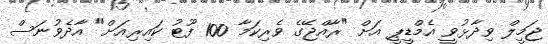
ޖަމީލް ވިދާޅުވީ އެމްޑީޕީ އަށް "ރާއްޖޭގެ ވެރިކަމާ 100 ފޫޓު ކައިރިއަށް" އާދެވުނަސް